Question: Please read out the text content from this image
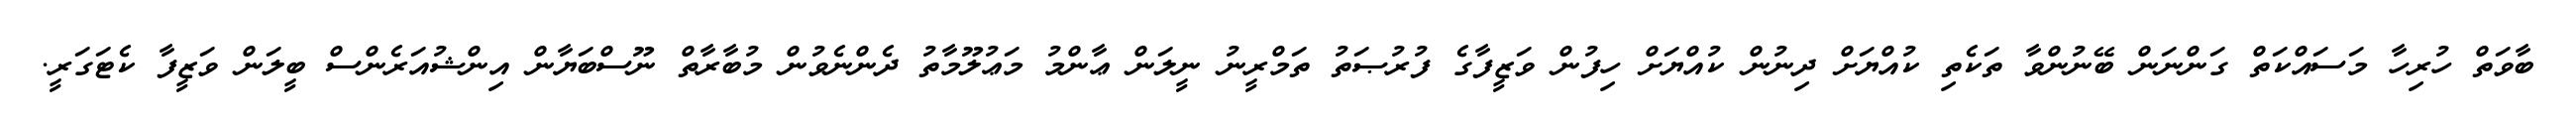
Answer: ބާވަތް ހުރިހާ މަސައްކަތް ގަންނަން ބޭނުންވާ ތަކެތި ކުއްޔަށް ދިނުން ކުއްޔަށް ހިފުން ވަޒީފާގެ ފުރުޞަތު ތަމްރީނު ނީލަން ޢާންމު މަޢުލޫމާތު ދެންނެވުން މުބާރާތް ނޫސްބަޔާން އިންޝުއަރެންސް ބީލަން ވަޒީފާ ކެޓަގަރީ.